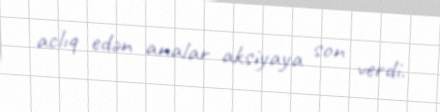
aclıq edən analar aksiyaya son verdi.